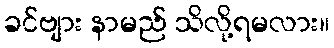
ခင်ဗျား နာမည် သိလို့ရမလား။